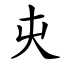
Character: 㐪